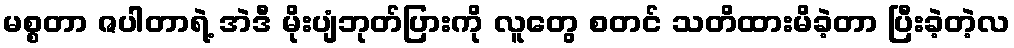
မစ္စတာ ဇပါတာရဲ့ အဲဒီ မိုးပျံဘုတ်ပြားကို လူတွေ စတင် သတိထားမိခဲ့တာ ပြီးခဲ့တဲ့လ